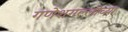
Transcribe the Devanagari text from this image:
गणेशगल्लीच्या